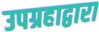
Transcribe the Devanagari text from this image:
उपग्रहाद्वारा